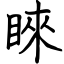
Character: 睞